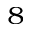
^ 8